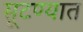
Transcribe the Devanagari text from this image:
सूटण्यात